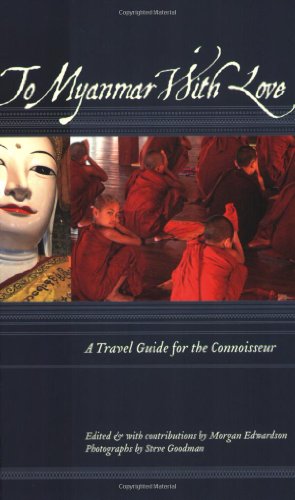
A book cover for To Myanmar with Love: A Travel Guide for the Connoisseur (To Asia with Love); Travel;